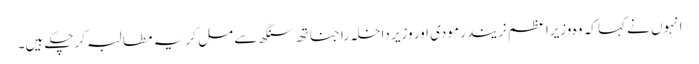
انہوں نے کہا کہ وہ وزیرا عظم نریندر مودی اور وزیر داخلہ راجناتھ سنگھ سے مل کر یہ مطالبہ کرچکے ہیں۔